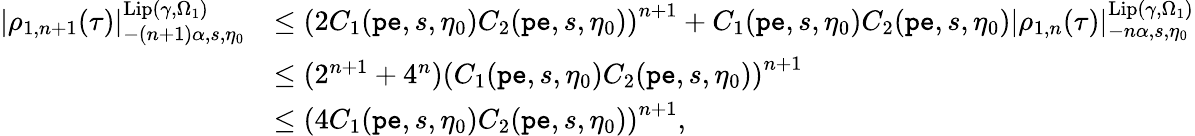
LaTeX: \begin{array}{rl}{|\rho_{1,n+1}(\tau)|_{-(n+1)\alpha,s,\eta_{0}}^{\mathrm{Lip}(\gamma,\Omega_{1})}}&{\le\left(2C_{1}(\mathtt{pe},s,\eta_{0})C_{2}(\mathtt{pe},s,\eta_{0})\right)^{n+1}+C_{1}(\mathtt{pe},s,\eta_{0})C_{2}(\mathtt{pe},s,\eta_{0})|{\rho_{1,n}}(\tau)|_{-n\alpha,s,\eta_{0}}^{\mathrm{Lip}(\gamma,\Omega_{1})}}\\ &{\le(2^{n+1}+4^{n})\left(C_{1}(\mathtt{pe},s,\eta_{0})C_{2}(\mathtt{pe},s,\eta_{0})\right)^{n+1}}\\ &{\le\left(4C_{1}(\mathtt{pe},s,\eta_{0})C_{2}(\mathtt{pe},s,\eta_{0})\right)^{n+1},}\end{array}